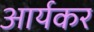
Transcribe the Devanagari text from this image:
आर्यकर